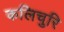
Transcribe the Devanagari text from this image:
कलिचुरि